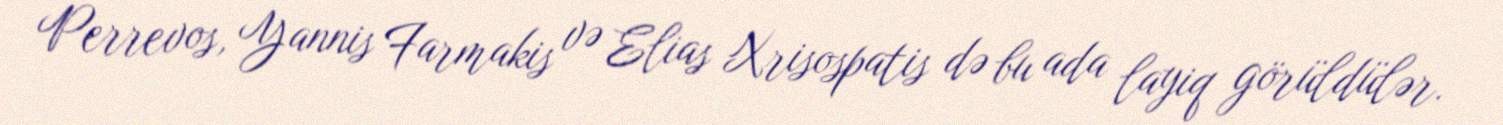
Perrevos, Yannis Farmakis və Elias Xrisospatis də bu ada layiq görüldülər.